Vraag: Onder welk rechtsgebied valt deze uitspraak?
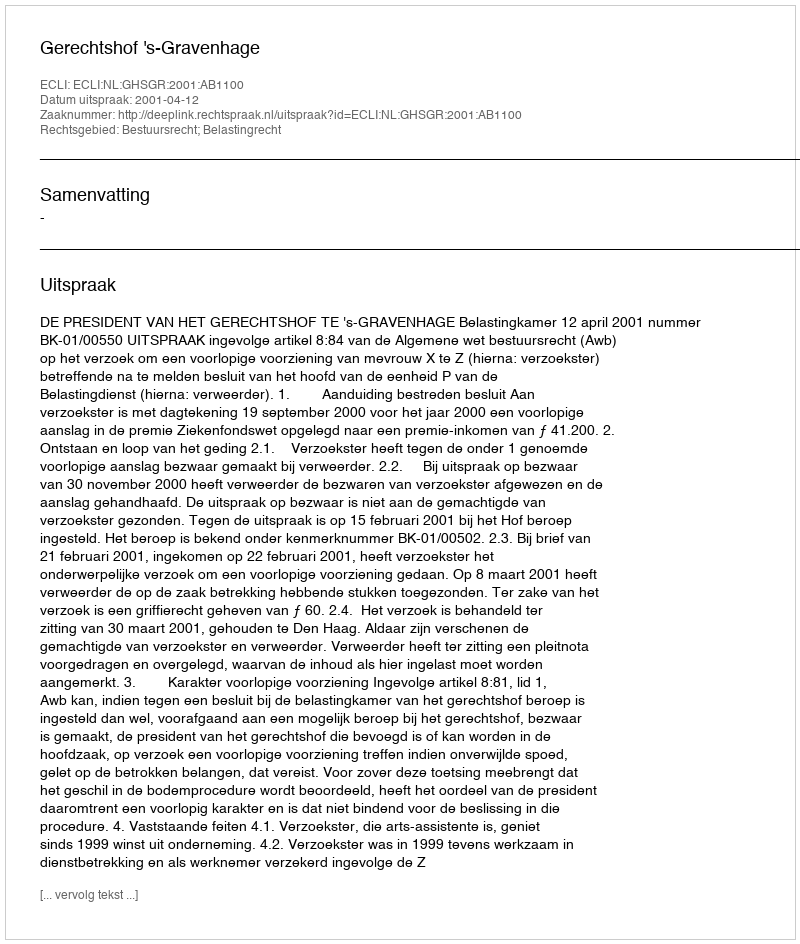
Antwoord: Bestuursrecht; Belastingrecht